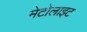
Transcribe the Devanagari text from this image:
मेटोलाइट